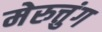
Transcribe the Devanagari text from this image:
मेरुत्तुंग